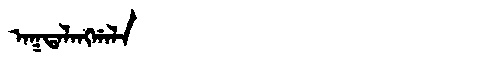
Manchu: ᠠᡴᡨᠠᠯᠠᠩᡤᠠᠯᠠ
Romanization: AKTALANGGALA